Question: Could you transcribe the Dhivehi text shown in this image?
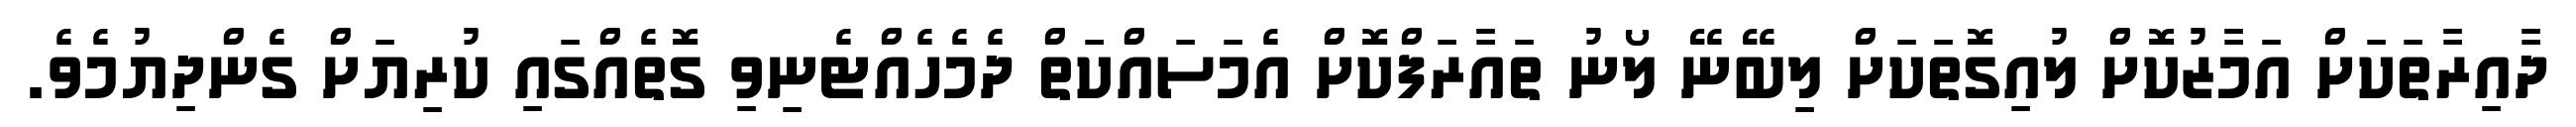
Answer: ދާއިރާތަކަށް އަމާޒުކޮށް ލުއިގޮތަކަށް ލިބޭނޭ ލޯނު ތައާރަފްކޮށް އެމަސައްކަތް ދެމެހެއްޓެނިވި ގޮތެއްގައި ކުރިޔަށް ގެންދިޔުމެވެ.